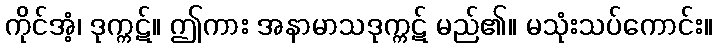
ကိုင်အံ့၊ ဒုက္ကဋ်။ ဤကား အနာမာသဒုက္ကဋ် မည်၏။ မသုံးသပ်ကောင်း။